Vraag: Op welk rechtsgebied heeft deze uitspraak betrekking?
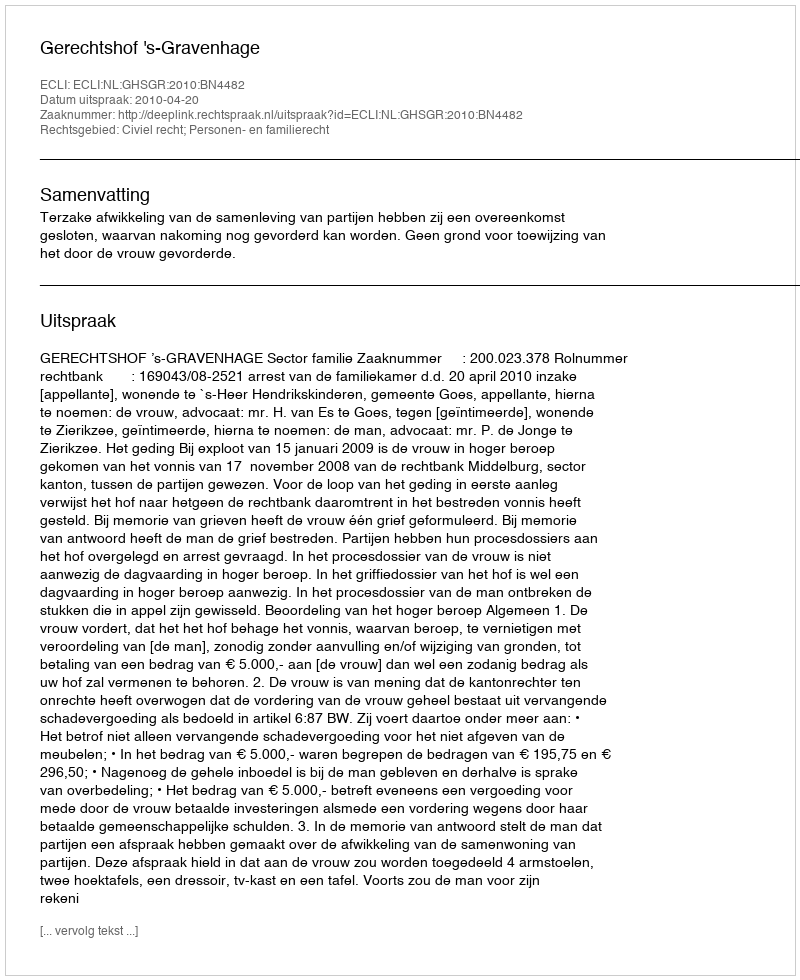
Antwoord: Civiel recht; Personen- en familierecht